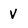
Character: V